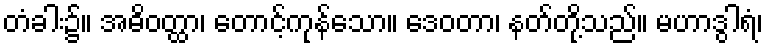
တံခါး၌။ အဓိဝတ္ထာ၊ တောင့်ကုန်သော။ ဒေဝတာ၊ နတ်တို့သည်။ မဟာဒွါရံ၊